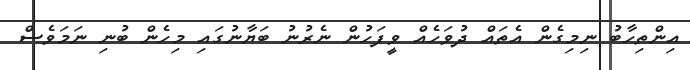
އިންތިހާބު ނިމިގެން އެތައް ދުވަހެއް ވީފަހުން ނެރުނު ބަޔާނުގައި މިހެން ބުނި ނަމަވެސް